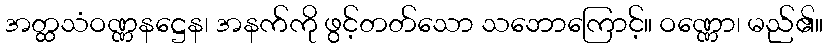
အတ္ထသံဝဏ္ဏနဋ္ဌေန၊ အနက်ကို ဖွင့်တတ်သော သဘောကြောင့်။ ဝဏ္ဏော၊ မည်၏။